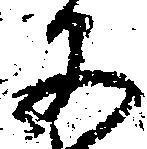
文